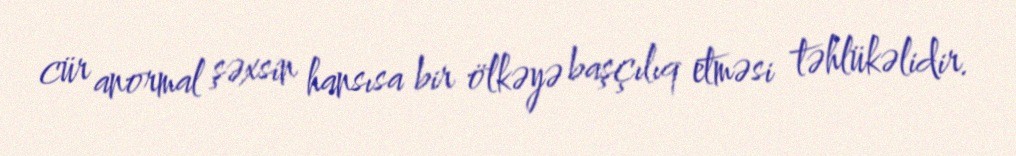
cür anormal şəxsin hansısa bir ölkəyə başçılıq etməsi təhlükəlidir.